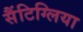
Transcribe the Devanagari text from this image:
सैंटिग्लिया